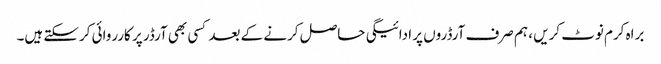
براہ کرم نوٹ کریں ، ہم صرف آرڈروں پر ادائیگی حاصل کرنے کے بعد کسی بھی آرڈر پر کارروائی کرسکتے ہیں۔